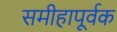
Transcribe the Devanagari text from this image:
समीहापूर्वक